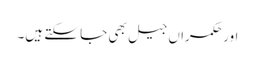
اور حکمراں جیل بھی جا سکتے ہیں۔